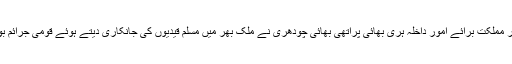
راجیہ سبھا میں وزیر مملکت برائے امور داخلہ ہری بھائی پراتھی بھائی چودھری نے ملک بھر میں مسلم قیدیوں کی جانکاری دیتے ہوئے قومی جرائم بورڈ کا حوالہ دیا ہے۔